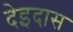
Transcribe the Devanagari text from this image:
देइदास